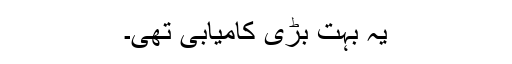
یہ بہت بڑی کامیابی تھی۔